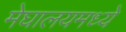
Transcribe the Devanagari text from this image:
मेघालयमध्ये